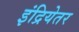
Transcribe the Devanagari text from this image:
इंद्रियेतर